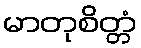
မာတုစိတ္တံ